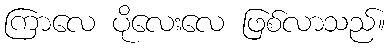
ကြာလေ ပိုလေးလေ ဖြစ်လာသည်။